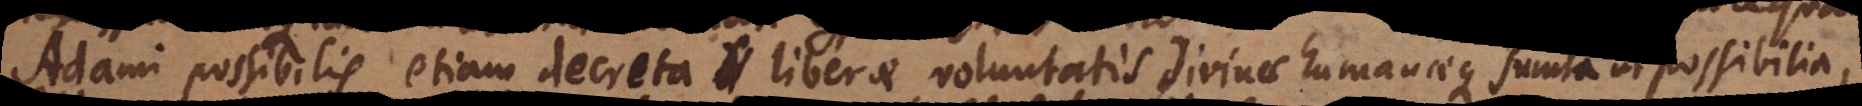
Adami possibilis etiam decreta liberae voluntatis divinae etiam sumta ut possibilia